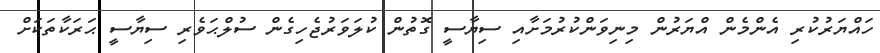
ހައްޔަރުކުރި އެންމެން އްޔަރުން މިނިވަންކުރުމަށާއި ސިޔާސީ ގޮތުން ކުލަވަރުޖެހިގެން ސުލްޙަވެރި ސިޔާސީ ޙަރަކާތަކަށް